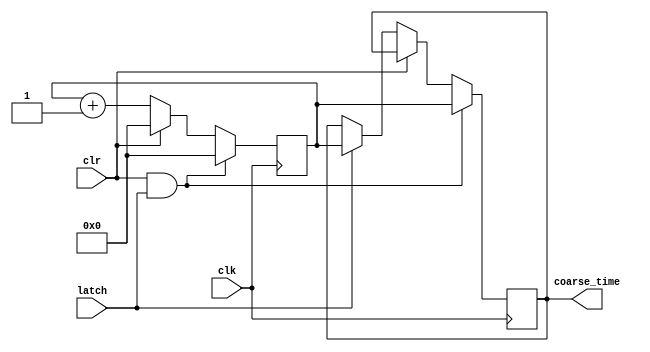
`timescale 1ps / 1ps                                                              
//////////////////////////////////////////////////////////////////////////////////
// Module Name   : coarse_cnt.v
// Project Name  : coarse_cnt.v
// Target Devices: xc7k325tffg900-2
// Tool Versions : vivado 2017.4
// Description   : coarse count time
// Revision      : 0.0
//////////////////////////////////////////////////////////////////////////////////

module coarse_cnt
#
(    
    parameter  DATA_WIDTH  = 32
)
(
    input  wire                     clk         ,   
    input  wire                     clr         ,
    input  wire                     latch       ,
    output reg   [DATA_WIDTH-1 :0]  coarse_time            
);

    reg [DATA_WIDTH-1:0]  clk_cnt={{DATA_WIDTH}{1'b0}};


    always @(posedge clk)begin   
        if(clr&&latch)begin
            clk_cnt[DATA_WIDTH-1:0]<={{DATA_WIDTH}{1'b0}};
            coarse_time[DATA_WIDTH-1:0]   <=  clk_cnt[DATA_WIDTH-1:0];
        end 
        else if(clr)begin
            clk_cnt[DATA_WIDTH-1:0]<={{DATA_WIDTH}{1'b0}};
        end
        else if(latch)begin
            coarse_time[DATA_WIDTH-1:0]   <=  clk_cnt[DATA_WIDTH-1:0];
            clk_cnt[DATA_WIDTH-1:0]   <=  clk_cnt[DATA_WIDTH-1:0]+1'b1;
        end    
        else begin
            clk_cnt[DATA_WIDTH-1:0]   <=  clk_cnt[DATA_WIDTH-1:0]+1'b1;
        end
    end


endmodule